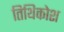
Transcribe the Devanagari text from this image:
तिथिकोश